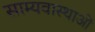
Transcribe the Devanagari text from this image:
साम्यवास्थाओं